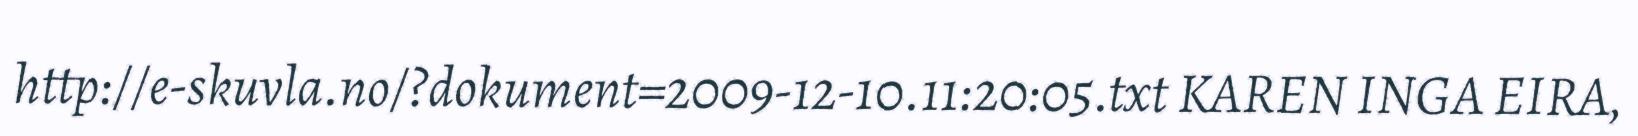
http://e-skuvla.no/?dokument=2009-12-10.11:20:05.txt KAREN INGA EIRA,